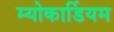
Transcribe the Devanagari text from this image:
म्योकार्डियम